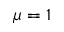
\mu = 1